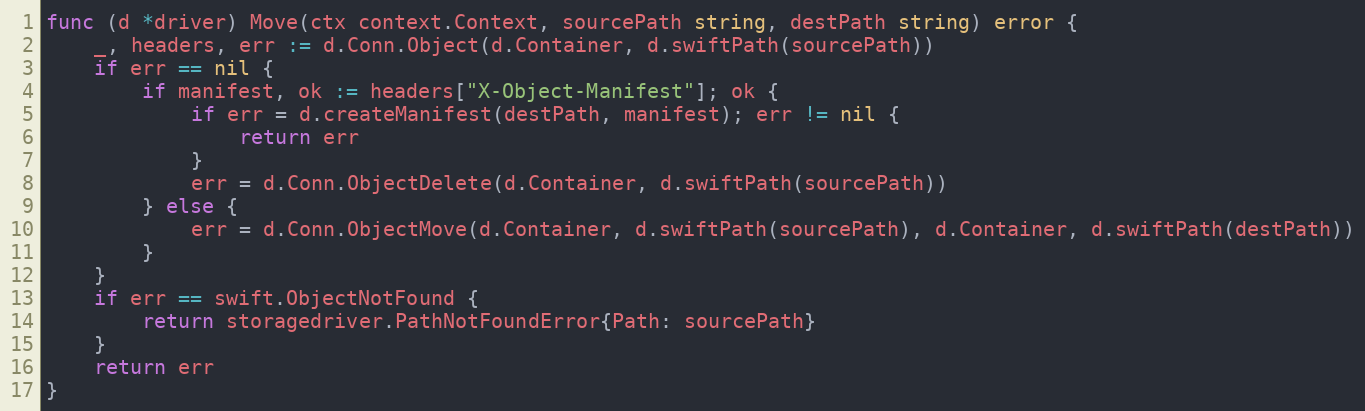
Language: Go
func (d *driver) Move(ctx context.Context, sourcePath string, destPath string) error {
	_, headers, err := d.Conn.Object(d.Container, d.swiftPath(sourcePath))
	if err == nil {
		if manifest, ok := headers["X-Object-Manifest"]; ok {
			if err = d.createManifest(destPath, manifest); err != nil {
				return err
			}
			err = d.Conn.ObjectDelete(d.Container, d.swiftPath(sourcePath))
		} else {
			err = d.Conn.ObjectMove(d.Container, d.swiftPath(sourcePath), d.Container, d.swiftPath(destPath))
		}
	}
	if err == swift.ObjectNotFound {
		return storagedriver.PathNotFoundError{Path: sourcePath}
	}
	return err
}